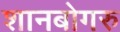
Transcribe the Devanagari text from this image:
शानबोगरु